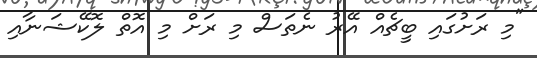
"މި ރަށުގައި ބީޗެއް އޭރު ނެތަސް މި ރަށް މި އޮތް ލޮކޭޝަނާއި